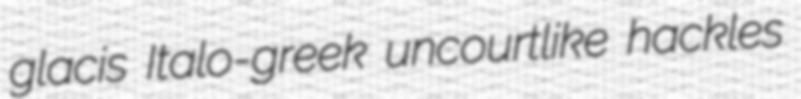
glacis Italo-greek uncourtlike hackles